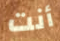
أنت